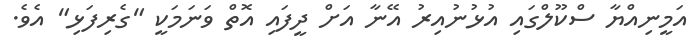
އަމީނިއްޔާ ސްކޫލްގައި އުޅުނުއިރު އޭނާ އަށް ދީފައި އޮތް ވަނަމަކީ "ގެރިފަޅި" އެވެ.